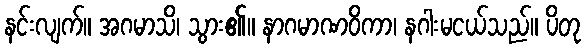
နင်းလျက်။ အဂမာသိ၊ သွား၏။ နာဂမာဏဝိကာ၊ နဂါးမငယ်သည်။ ပိတု